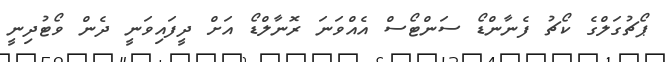
ޕޯޗުގަލްގެ ކޯޗު ފެނާންޑޯ ސަންޓޯސް އެއްވަނަ ރޮނާލްޑޯ އަށް ދީފައިވަނީ ދެން ވޯޓުދިނީ